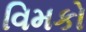
વિમકો